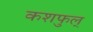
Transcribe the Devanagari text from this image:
कशफुल्